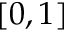
[ 0 , 1 ]